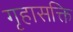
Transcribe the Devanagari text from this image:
गृहासक्ति